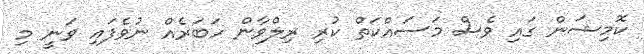
ކޮމިޝަން ގައި ވެސް މަސައްކަތް ކުރި ރިލްވާން ހަބަރެއް ނުވެފައި ވަނީ މި